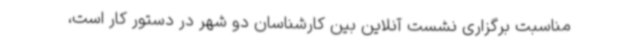
مناسبت برگزاری نشست آنلاین بین کارشناسان دو شهر در دستور کار است،